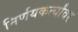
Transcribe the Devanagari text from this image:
निर्णयकर्त्यांवर